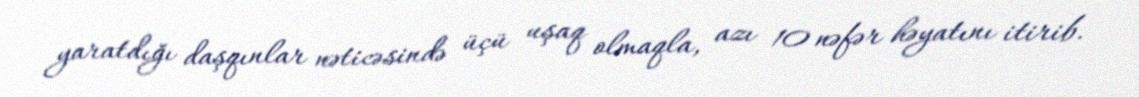
yaratdığı daşqınlar nəticəsində üçü uşaq olmaqla, azı 10 nəfər həyatını itirib.